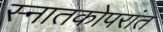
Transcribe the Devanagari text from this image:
स्नातकोपरांत